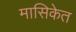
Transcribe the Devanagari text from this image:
मासिकेत